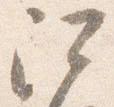
阿